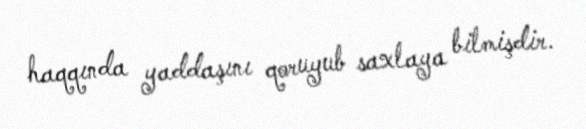
haqqında yaddaşını qoruyub saxlaya bilmişdir.